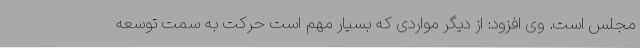
مجلس است. وی افزود: از دیگر مواردی که بسیار مهم است حرکت به سمت توسعه